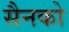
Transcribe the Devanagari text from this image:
सैनको